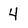
Character: 4